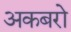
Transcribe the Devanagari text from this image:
अकबरो